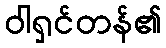
ဝါရှင်တန်၏